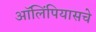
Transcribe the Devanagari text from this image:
ऑलिंपियासचे